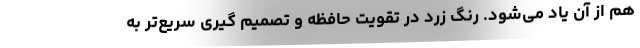
هم از آن یاد می‌شود. رنگ زرد در تقویت حافظه و تصمیم گیری سریع‌تر به